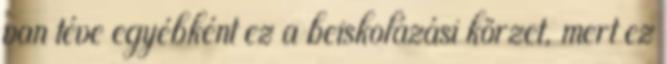
van téve egyébként ez a beiskolázási körzet, mert ez